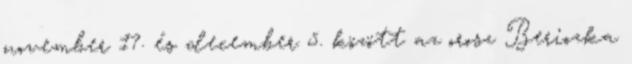
november 17. és december 5. között az orosz Beriozka